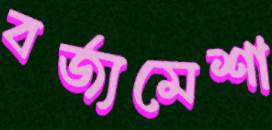
বর্জ্যমেশা